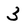
Character: 3